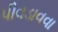
પીવડાવવા